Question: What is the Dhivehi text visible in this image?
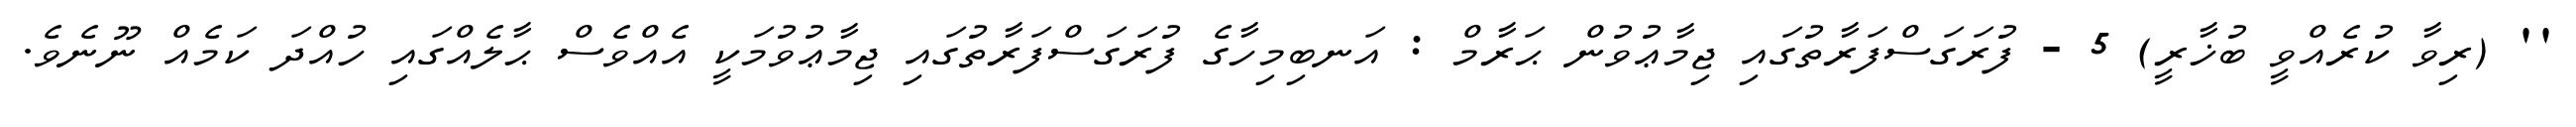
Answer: '' (ރިވާ ކުރެއްވީ ބުޚާރީ) 5 - ފުރަގަސްފަރާތުގައި ޖިމާޢުވުން ޙަރާމް : އަނބިމިހާގެ ފުރަގަސްފަރާތުގައި ޖިމާޢުވުމަކީ އެއްވެސް ޙާލެއްގައި ހުއްދަ ކަމެއް ނޫނެވެ.